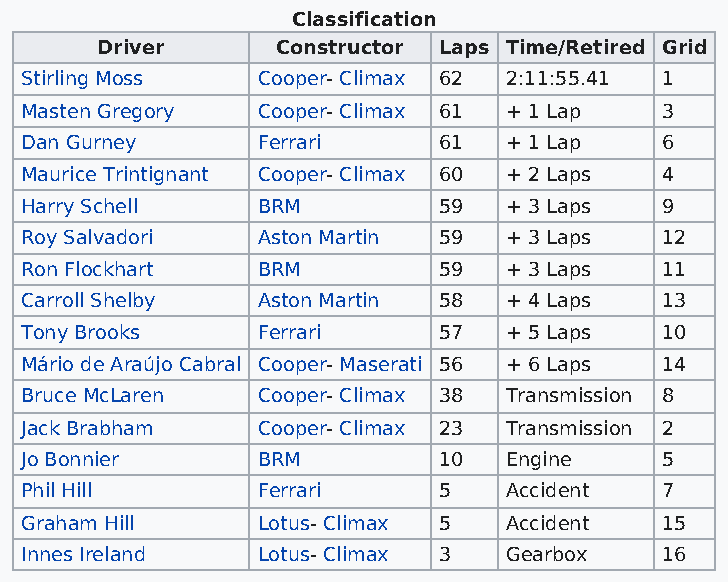
Classification
 Driver      Constructor Laps Time/Retired Grid
 Stirling Moss   Cooper- Climax 62 2:11:55.41 1
 Masten Gregory  Cooper- Climax 61 + 1 Lap  3
 Dan Gurney      Ferrari     61  + 1 Lap    6
 Maurice Trintignant Cooper- Climax 60 + 2 Laps 4
 Harry Schell    BRM         59  + 3 Laps   9
 Roy Salvadori   Aston Martin 59 + 3 Laps   12
 Ron Flockhart   BRM         59  + 3 Laps   11
 Carroll Shelby  Aston Martin 58 + 4 Laps   13
 Tony Brooks     Ferrari     57  + 5 Laps   10
 Mário de Araújo Cabral Cooper- Maserati 56 + 6 Laps 14
 Bruce McLaren   Cooper- Climax 38 Transmission 8
 Jack Brabham    Cooper- Climax 23 Transmission 2
 Jo Bonnier      BRM         10  Engine     5
 Phil Hill       Ferrari     5   Accident   7
 Graham Hill     Lotus- Climax 5 Accident   15
 Innes Ireland   Lotus- Climax 3 Gearbox    16